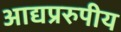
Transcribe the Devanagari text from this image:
आद्यप्ररुपीय